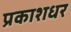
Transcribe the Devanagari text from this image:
प्रकाशधर